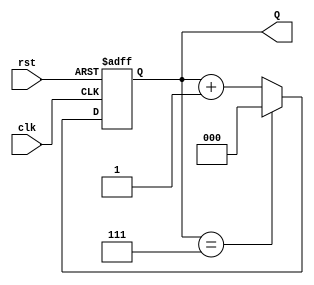
module up_counter (
    input wire clk,      // Clock input
    input wire rst,      // Asynchronous reset input
    output reg [2:0] Q   // 3-bit binary output
);

    // Always block for synchronous logic
    always @(posedge clk or posedge rst) begin
        if (rst) begin
            Q <= 3'b000; // Reset the counter to 0
        end else begin
            if (Q == 3'b111) begin
                Q <= 3'b000; // Wrap around to 0 after reaching max count (7)
            end else begin
                Q <= Q + 1; // Increment the counter
            end
        end
    end

endmodule